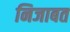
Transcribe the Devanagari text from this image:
निजाबत